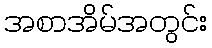
အစာအိမ်အတွင်း